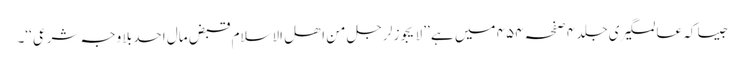
جیسا کہ عالمگیری جلد ۴ صفحہ ۴۵۴ میں ہے ’’ لا یجوز لرجل من اھل الاسلام قبض مال احد بلا وجہ شرعی ‘‘۔